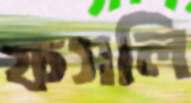
ফসলি